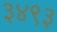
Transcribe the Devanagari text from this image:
३४९३